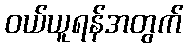
ဝယ်ယူရန်အတွက်